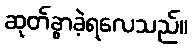
ဆုတ်ခွာခဲ့ရလေသည်။